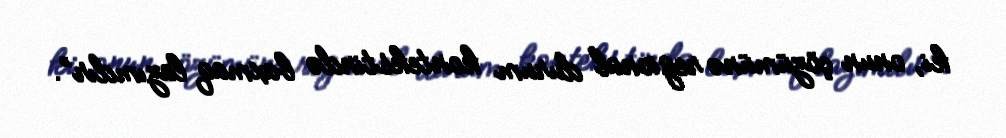
ki, onun çözümünə regional durum kontekstində baxmaq lazımdır”.